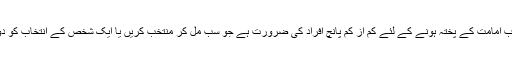
دوسرے گروہ کا خیال میں منصب امامت کے پختہ ہونے کے لئے کم از کم پانچ افراد کی ضرورت ہے جو سب مل کر منتخب کریں یا ایک شخص کے انتخاب کو دوسروں کی رضامندی حاصل ہو۔